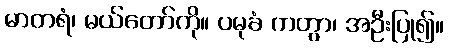
မာတရံ၊ မယ်တော်ကို။ ပမုခံ ကတွာ၊ အဦးပြု၍။